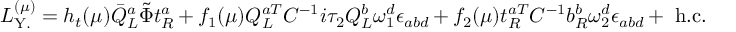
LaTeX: { \cal { L } } _ { \mathrm { Y . } } ^ { ( \mu ) } = h _ { t } ( \mu ) { \bar { Q } } _ { L } ^ { a } { \tilde { \Phi } } t _ { R } ^ { a } + f _ { 1 } ( \mu ) Q _ { L } ^ { a T } C ^ { - 1 } i { \tau } _ { 2 } Q _ { L } ^ { b } { \omega } _ { 1 } ^ { d } { \epsilon } _ { a b d } + f _ { 2 } ( \mu ) t _ { R } ^ { a T } C ^ { - 1 } b _ { R } ^ { b } { \omega } _ { 2 } ^ { d } { \epsilon } _ { a b d } + \mathrm { ~ h . c . }